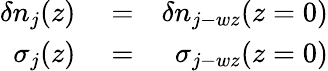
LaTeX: \begin{array}{rlr}{\delta n_{j}(z)}&{{}=}&{\delta n_{j-wz}(z=0)}\\ {\sigma_{j}(z)}&{{}=}&{\sigma_{j-wz}(z=0)}\end{array}